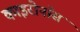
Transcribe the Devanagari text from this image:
काइरोनॉस